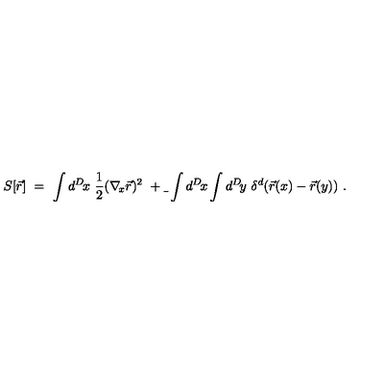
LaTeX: S [ \vec { r } ] \ = \ \int d ^ { D } \! x \ { \frac { 1 } { 2 } } ( \nabla _ { \! x } \vec { r } ) ^ { 2 } \ + \b \ \int d ^ { D } \! x \int d ^ { D } \! y \ \delta ^ { d } ( \vec { r } ( x ) - \vec { r } ( y ) ) \ .